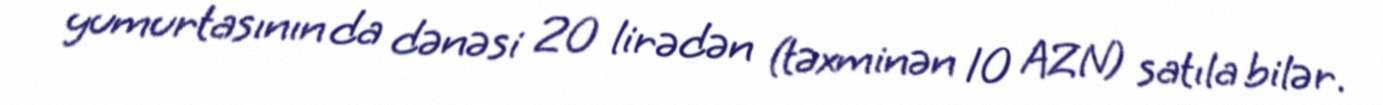
yumurtasının da dənəsi 20 lirədən (təxminən 10 AZN) satıla bilər.